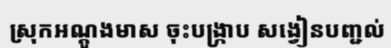
ស្រុកអណ្តូងមាស ចុះបង្ក្រាប សង្វៀនបញ្ជល់